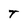
Character: T